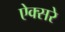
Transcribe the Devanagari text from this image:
ऐक्सरे